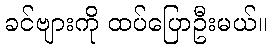
ခင်ဗျားကို ထပ်ပြောဦးမယ်။